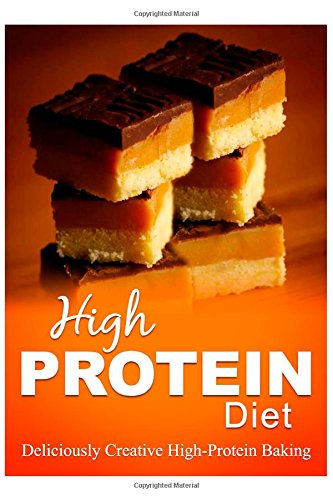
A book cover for High Protein Diet - Deliciously Creative High-Protein Baking: High-Protein Cooking and Baking for Weight Loss and Energy; High Protein Diet; Cookbooks, Food & Wine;